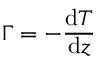
\Gamma = - { \frac { \mathrm { d } T } { \mathrm { d } z } }